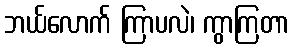
ဘယ်လောက် ကြာပလဲ၊ ကွာကြတာ